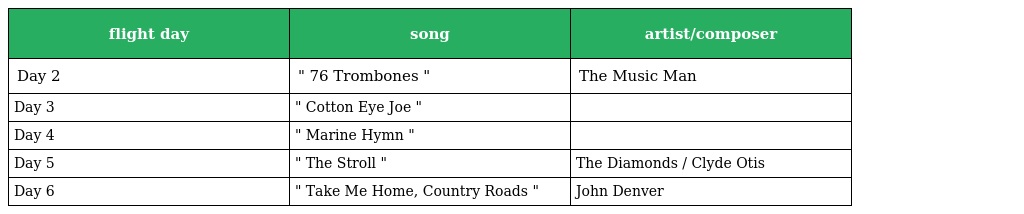
| flight day | song | artist/composer |
 | --- | --- | --- |
 | Day 2 | " 76 Trombones " | The Music Man |
 | Day 3 | " Cotton Eye Joe " |  |
 | Day 4 | " Marine Hymn " |  |
 | Day 5 | " The Stroll " | The Diamonds / Clyde Otis |
 | Day 6 | " Take Me Home, Country Roads " | John Denver |